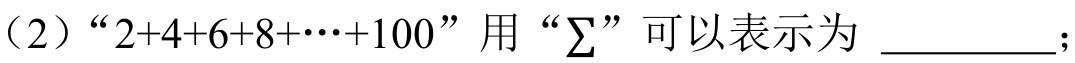
（2）“\(2 + 4+6 + 8+\cdots+100\)”用“\(\sum\)”可以表示为 \_\_\_\_\_；